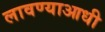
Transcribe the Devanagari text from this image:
लावण्‍याआधी